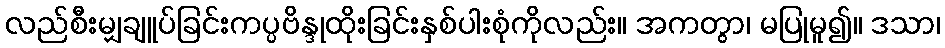
လည်စီးမျှချူပ်ခြင်းကပ္ပဗိန္ဒုထိုးခြင်းနှစ်ပါးစုံကိုလည်း။ အကတွာ၊ မပြုမူ၍။ ဒသာ၊